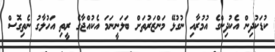
ކުޑަކުދިން އެކުދިންގެ އުމުރާއި ނުގުޅޭ މަންޒަރުތަށް ބަލަނީނަމަ އެކުއްޖާގެ ރީތި އަހުލާގު ނެތިގޮސް